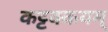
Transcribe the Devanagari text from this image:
कट्टक्कयम्